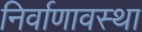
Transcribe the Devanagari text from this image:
निर्वाणावस्था